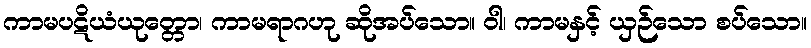
ကာမပဋိယံယုတ္တော၊ ကာမရာဂဟု ဆိုအပ်သော။ ဝါ၊ ကာမနှင့် ယှဉ်သော စပ်သော။